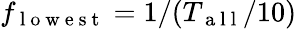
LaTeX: f_{\mathrm{~l~o~w~e~s~t~}}=1/(T_{\mathrm{~a~l~l~}}/10)